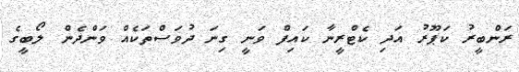
ރަންބީރު ކަޕޫރު އަދި ކެޓްރީނާ ކައިފް ވަނީ ގިނަ ދުވަސްތަކެއް ވަންދެން ލޯބީގެ